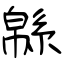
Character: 緜